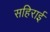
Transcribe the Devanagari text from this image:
सहिराई